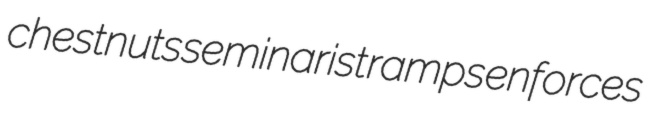
chestnuts seminarist ramps enforces